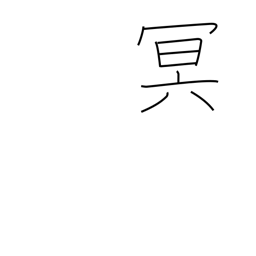
Meaning: dark